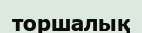
торшалық